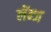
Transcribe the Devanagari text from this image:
लेंन्ज